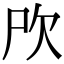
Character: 𣢁